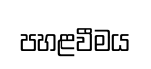
පහළවීමය